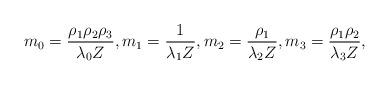
LaTeX: \begin{align*} m_0= \frac{\rho_1\rho_2\rho_3}{\lambda_0 Z},m_1= \frac{1}{\lambda_1 Z}, m_2= \frac{\rho_1}{\lambda_2 Z}, m_3= \frac{\rho_1\rho_2}{\lambda_3 Z},\end{align*}